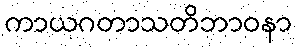
ကာယဂတာသတိဘာဝနာ